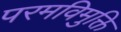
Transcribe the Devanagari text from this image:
परमविमुक्ति